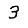
Digit: 3